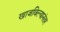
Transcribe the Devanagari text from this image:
खाजविल्यानंतर